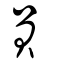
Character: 員